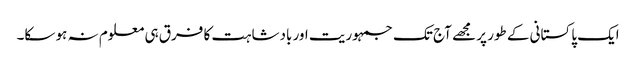
ایک پاکستانی کے طور پر مجھے آج تک جمہوریت اور بادشاہت کا فرق ہی معلوم نہ ہو سکا۔